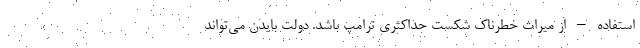
استفاده – از میراث خطرناک شکست حداکثری ترامپ باشد. دولت بایدن می‌تواند